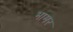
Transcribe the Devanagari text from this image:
भामर